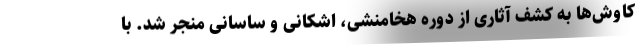
کاوش‌ها به کشف آثاری از دوره هخامنشی، اشکانی و ساسانی منجر شد. با